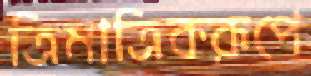
ত্রিমাত্রিকরূপে